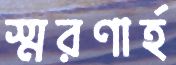
স্মরণার্হ